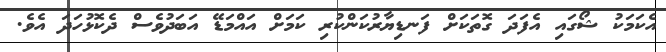
އެކަމަކު ޝޯގައި އެފަދަ ގޮތަކަށް ފަނޑިޔާރުކަންކުރި ކަމަށް އައްމަޑޭ އަބަދުވެސް ދެކޮޅުހަދަ އެވެ.